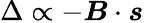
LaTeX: \Delta\propto-\boldsymbol{B}\cdot\boldsymbol{s}